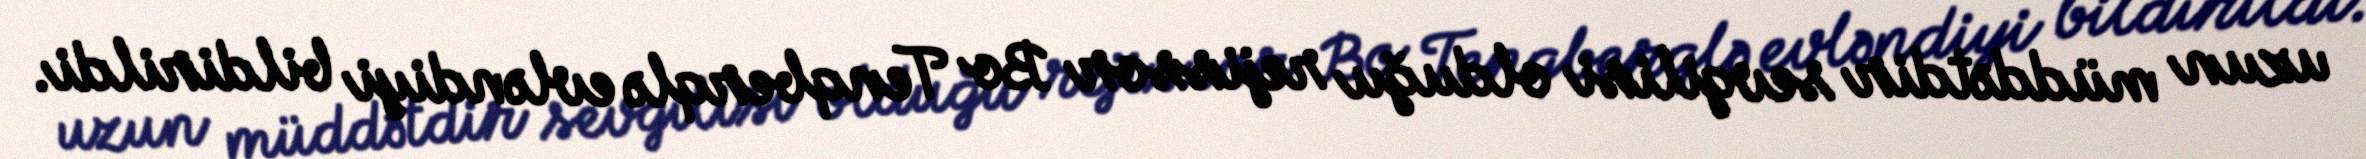
uzun müddətdir sevgilisi olduğu rejissor Bo Tenqberqlə evləndiyi bildirildi.